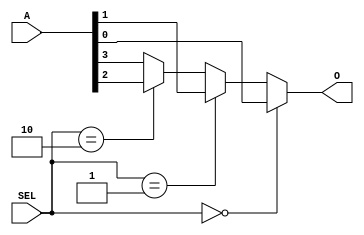
`timescale 1ns / 1ps

// Jonah Meggs 2022
// Jonah's Guide to Verilog Chapter 3 - mux4to1.v
// 4 to 1 multiplexer

module mux4to1(
	input [3:0] A,
	input [1:0] SEL,
	output reg O
    );

always@(SEL, A) begin
	if (SEL == 0) begin
		O = A[0];
	end
	else if (SEL == 1) begin
		O = A[1];
	end
	else if (SEL == 2) begin
		O = A[2];
	end
	else begin
		O = A[3];
	end
end

endmodule